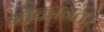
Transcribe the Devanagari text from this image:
गोंकानंतर